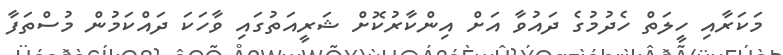
މަކަރާއި ހީލަތް ހެދުމުގެ ދައުވާ އަށް އިންކާރުކޮށް ޝަރީއަތުގައި ވާހަކަ ދައްކަމުން މުސްތަފާ